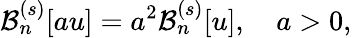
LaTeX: \mathcal{B}_{n}^{(s)}[au]=a^{2}\mathcal{B}_{n}^{(s)}[u],\quad a>0,